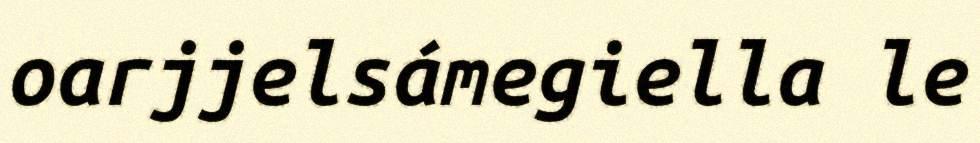
oarjjelsámegiella le